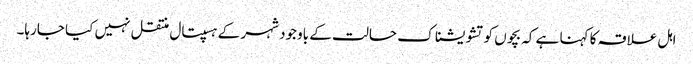
اہل علاقہ کا کہنا ہے کہ بچوں کو تشویشناک حالت کے باوجود شہر کے ہسپتال منتقل نہیں کیا جارہا۔